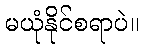
မယုံနိုင်စရာပဲ။